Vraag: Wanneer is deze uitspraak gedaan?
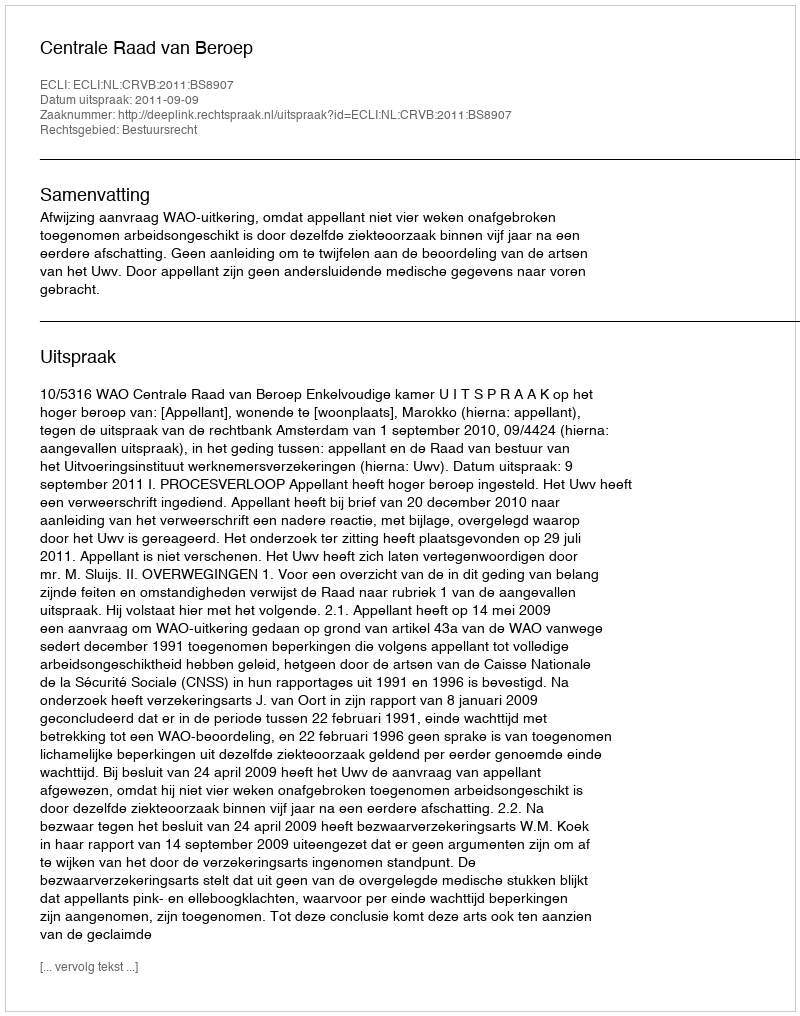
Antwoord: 2011-09-09